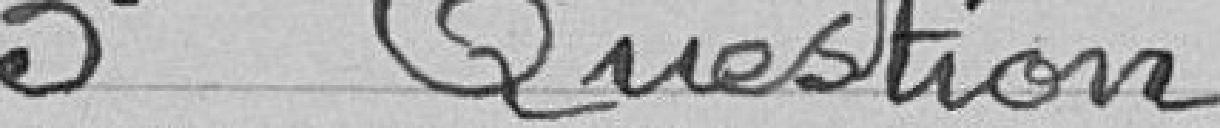
3è Question